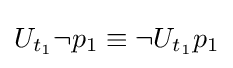
U_{t_{1}}\neg p_{1}\equiv \neg U_{t_{1}}p_{1}